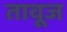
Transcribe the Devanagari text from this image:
तावूज